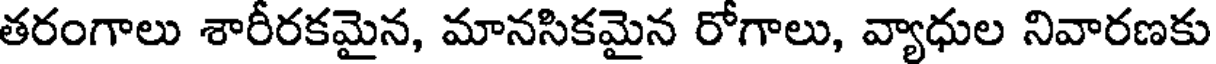
తరంగాలు శారీరకమైన, మానసికమైన రోగాలు, వ్యాధుల నివారణకు